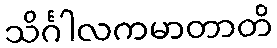
သိင်္ဂါလကမာတာတိ